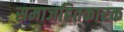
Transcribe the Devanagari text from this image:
समाजहितकारक